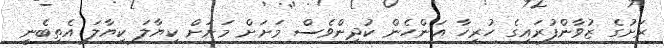
ރަށުގެ ޒުވާންފުރައިގެ ހުރިހާ އަންހެން ކުދިންވެސް މަށަށް މަށަށް ކިޔާލަ ކިޔާލަ އެތިބެނީ